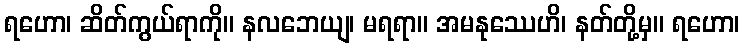
ရဟော၊ ဆိတ်ကွယ်ရာကို။ နလဘေယျ၊ မရရာ။ အမနုဿေဟိ၊ နတ်တို့မှ။ ရဟော၊